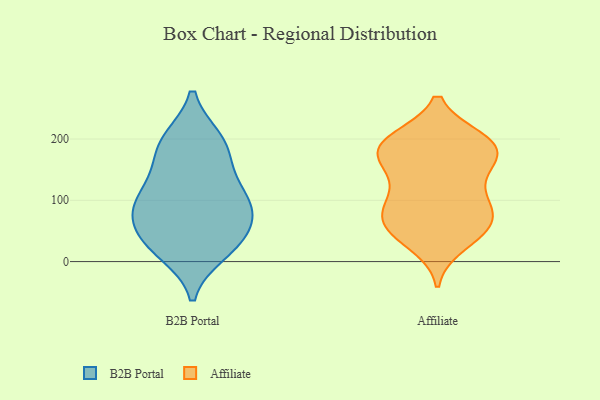
{"axis": {"x": "Demand Index", "y": "Value"}, "legend": ["Affiliate", "B2B Portal"], "data": [{"x": "", "y": 68, "type": "B2B Portal"}, {"x": "", "y": 157, "type": "B2B Portal"}, {"x": "", "y": 192, "type": "B2B Portal"}, {"x": "", "y": 99, "type": "B2B Portal"}, {"x": "", "y": 104, "type": "B2B Portal"}, {"x": "", "y": 82, "type": "B2B Portal"}, {"x": "", "y": 15, "type": "B2B Portal"}, {"x": "", "y": 40, "type": "B2B Portal"}, {"x": "", "y": 100, "type": "B2B Portal"}, {"x": "", "y": 28, "type": "B2B Portal"}, {"x": "", "y": 199, "type": "B2B Portal"}, {"x": "", "y": 197, "type": "B2B Portal"}, {"x": "", "y": 70, "type": "B2B Portal"}, {"x": "", "y": 23, "type": "B2B Portal"}, {"x": "", "y": 138, "type": "B2B Portal"}, {"x": "", "y": 159, "type": "Affiliate"}, {"x": "", "y": 47, "type": "Affiliate"}, {"x": "", "y": 55, "type": "Affiliate"}, {"x": "", "y": 48, "type": "Affiliate"}, {"x": "", "y": 85, "type": "Affiliate"}, {"x": "", "y": 199, "type": "Affiliate"}, {"x": "", "y": 100, "type": "Affiliate"}, {"x": "", "y": 149, "type": "Affiliate"}, {"x": "", "y": 29, "type": "Affiliate"}, {"x": "", "y": 98, "type": "Affiliate"}, {"x": "", "y": 72, "type": "Affiliate"}, {"x": "", "y": 172, "type": "Affiliate"}, {"x": "", "y": 195, "type": "Affiliate"}, {"x": "", "y": 63, "type": "Affiliate"}, {"x": "", "y": 197, "type": "Affiliate"}, {"x": "", "y": 99, "type": "Affiliate"}, {"x": "", "y": 150, "type": "Affiliate"}, {"x": "", "y": 193, "type": "Affiliate"}, {"x": "", "y": 188, "type": "Affiliate"}, {"x": "", "y": 184, "type": "Affiliate"}]}